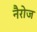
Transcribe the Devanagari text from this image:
नैरोज